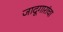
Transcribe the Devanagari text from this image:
जादूगारांचा